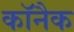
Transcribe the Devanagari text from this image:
कॉनैक